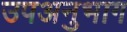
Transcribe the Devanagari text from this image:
उपअनुभाग